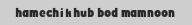
hamechi khub bod mamnoon